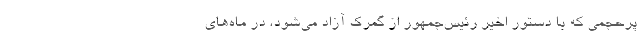
پرحجمی که با دستور اخیر رئیس‌جمهور از گمرک آزاد می‌شود، در ماه‌های